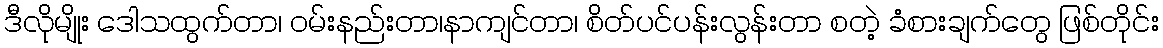
ဒီလိုမျိုး ဒေါသထွက်တာ၊ ဝမ်းနည်းတာ၊နာကျင်တာ၊ စိတ်ပင်ပန်းလွန်းတာ စတဲ့ ခံစားချက်တွေ ဖြစ်တိုင်း